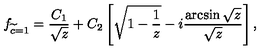
f _ { \widetilde c = 1 } = \frac { C _ { 1 } } { \sqrt { z } } + C _ { 2 } \left[ \sqrt { 1 - \frac { 1 } { z } } - i \frac { \arcsin { \sqrt { z } } } { \sqrt { z } } \right] ,